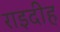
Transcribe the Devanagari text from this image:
राइदीह